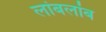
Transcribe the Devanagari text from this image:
लांबलांब